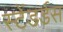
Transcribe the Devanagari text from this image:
स्टेंडर्डस